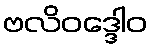
ဗလိဝဒ္ဒေါဝ